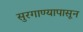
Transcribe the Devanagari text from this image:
सुरगाण्यापासून